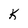
Character: K